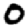
Digit: 0